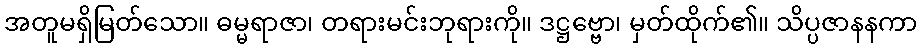
အတူမရှိမြတ်သော။ ဓမ္မရာဇာ၊ တရားမင်းဘုရားကို။ ဒဋ္ဌဗ္ဗော၊ မှတ်ထိုက်၏။ သိပ္ပဇာနနကာ